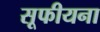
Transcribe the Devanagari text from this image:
सूफीयना